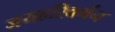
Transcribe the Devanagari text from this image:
जयहरिवर्मन